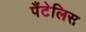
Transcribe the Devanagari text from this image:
पँटेलिस